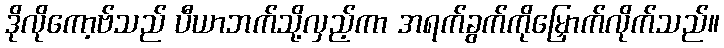
ဒိုလိုကော့ဗ်သည် ပီယာဘက်သို့လှည့်ကာ အရက်ခွက်ကိုမြှောက်လိုက်သည်။